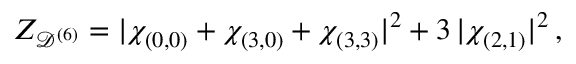
Z _ { \mathcal { D } ^ { ( 6 ) } } = | \chi _ { ( 0 , 0 ) } + \chi _ { ( 3 , 0 ) } + \chi _ { ( 3 , 3 ) } | ^ { 2 } + 3 \, | \chi _ { ( 2 , 1 ) } | ^ { 2 } \, ,